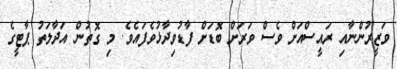
ވަޒީރުންނާއި ރައީސްއަށް ވެސް ވަރަށް ބޮޑަށް ފާޑުވިދާޅުވެފައެވެ. މި ގޮތުން އަދާލަތު ޕާޓީގެ